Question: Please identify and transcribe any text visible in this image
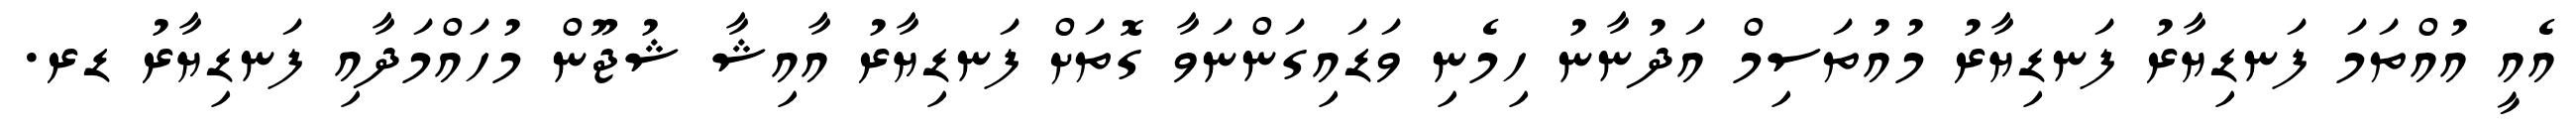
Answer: އެއީ އުއްތަމަ ފަނޑިޔާރު ފަނޑިޔާރު މުއުތަސިމް އަދުނާނު ހިމެނި ވަޑައިގަންނަވާ ގޮތަށް ފަނޑިޔާރު އާއިޝާ ޝުޖޫން މުހައްމަދާއި ފަނޑިޔާރު ޑރ.